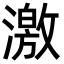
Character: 激